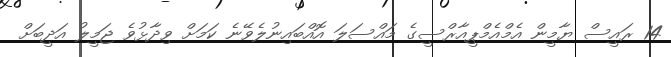
14 ރައީސް ޔާމީން އެމްއެމްޕީއާރްސީގެ މައްސަލަ އޮއްބައިނުލެވޭނެ ކަމަށް ވިދާޅުވެ ޖަމީލު އަދީބަށް